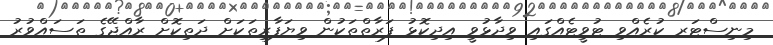
މިނިސްޓަރ ކުރެއްވި ޓުވީޓެއްގައި ވިދާޅުވީ އިދިކޮޅު ފަރާތްތަކުން ވިޔަފާރިތަކަށް ދަތިކޮށް ރާއްޖޭގެ ތަސައްވުރު